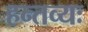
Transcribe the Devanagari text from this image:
हन्तव्यः